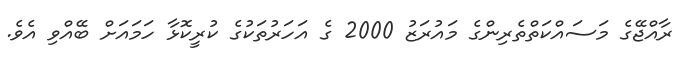
ރާއްޖޭގެ މަސައްކަތްތެރިންގެ މައުރަޒު 2000 ގެ އަހަރުތަކުގެ ކުރީކޮޅާ ހަމައަށް ބޭއްވި އެވެ.